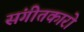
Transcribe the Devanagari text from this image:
संगीतकारो